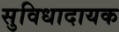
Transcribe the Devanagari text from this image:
सुविधादायक